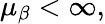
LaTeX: \mu_{\beta}<\infty,